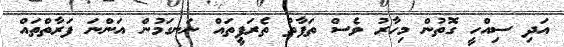
އަދި ސިއްހީ ގޮތުން މިހާރު ވެސް ތަފާތު ތެރަޕީތައް ނަނގަމުން އަންނަ ފަރާތްތައް